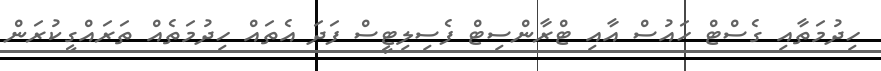
ހިދުމަތާއި ގެސްޓް ހައުސް އާއި ޓްރާންސިޓް ފެސިލިޓީސް ފަދަ އެތައް ހިދުމަތެއް ތަރައްގީކުރަން